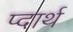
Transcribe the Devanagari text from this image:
प्दार्थ